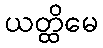
ယတ္ထိမေ